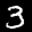
Label: 3